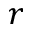
r